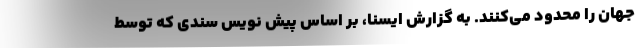
جهان را محدود می‌کنند. به گزارش ایسنا، بر اساس پیش نویس سندی که توسط